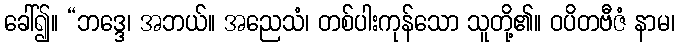
ခေါ်၍။ “ဘဒ္ဒေ၊ အဘယ်။ အညေသံ၊ တစ်ပါးကုန်သော သူတို့၏။ ဝပိတဗီဇံ နာမ၊